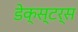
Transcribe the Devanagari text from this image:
डेक्स्टर्स